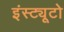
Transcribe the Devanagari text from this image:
इंस्ट्यूटो